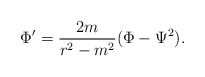
\begin{align*}\Phi '= {2m\over r^2-m^2} (\Phi -\Psi^2).\end{align*}